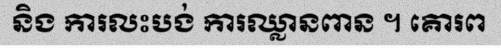
និង ការលះបង់ ការឈ្លានពាន ។ គោរព